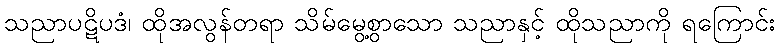
သညာပဋိပဒံ၊ ထိုအလွန်တရာ သိမ်မွေ့စွာသော သညာနှင့် ထိုသညာကို ရကြောင်း